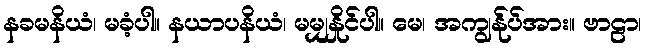
နခမနိယံ၊ မခံ့ပါ။ နယာပနိယံ၊ မမျှနှိုင်ပါ။ မေ၊ အကျွန်ုပ်အား။ ဗာဠာ၊